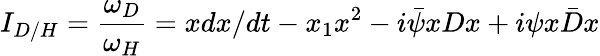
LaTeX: I_{D/H}=\frac{\omega_{D}}{\omega_{H}}=xdx/dt-x_{1}x^{2}-i\bar{\psi}xDx+i\psi x\bar{D}x